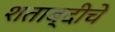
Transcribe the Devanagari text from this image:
शताब्दीचे